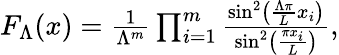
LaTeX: \begin{array}{r}{F_{\Lambda}(x)=\frac{1}{\Lambda^{m}}\prod_{i=1}^{m}\frac{\sin^{2}\left(\frac{\Lambda\pi}{L}x_{i}\right)}{\sin^{2}\left(\frac{\pi x_{i}}{L}\right)},}\end{array}